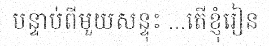
បន្ទាប់ពីមួយសន្ទុះ ...តើខ្ញុំរៀន